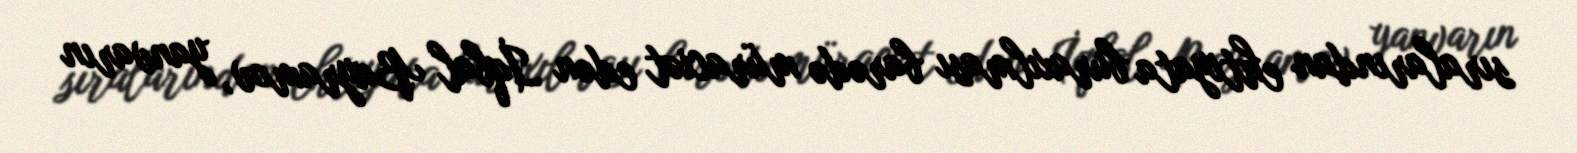
sıralarından ehtiyata buraxılması barədə müraciət edən İqbal Bayramov, yanvarın